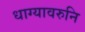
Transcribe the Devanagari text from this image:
धाग्यावरुनि